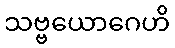
သဗ္ဗယောဂေဟိ